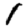
Digit: 1